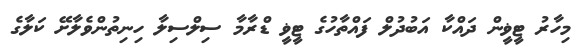
މިހާރު ޓީޥީން ދައްކާ އަބުދުލް ފައްތާހުގެ ޓީޥީ ޑްރާމާ ސިލްސިލާ ހިނިތުންވެލާށޭ ކަލާގެ